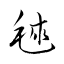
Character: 毬